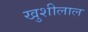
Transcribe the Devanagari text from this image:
खुशीलाल